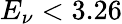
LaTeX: E_{\nu}<3.26